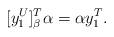
LaTeX: \begin{align*} [y_1^U]_\beta^T \alpha = \alpha y_1^T.\end{align*}